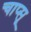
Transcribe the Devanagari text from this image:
चाप्सू